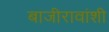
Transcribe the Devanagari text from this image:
बाजीरावांशी